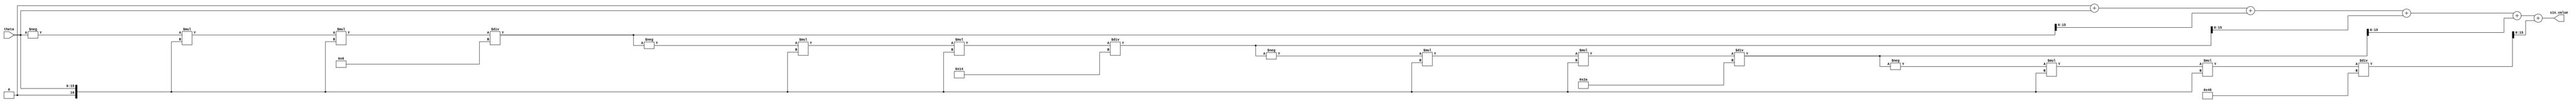
module sine_function (
    input wire [15:0] theta,   // Angle input in radians (fixed-point)
    output reg signed [15:0] sin_value  // Sine output, signed fixed-point
);

    // Taylor series coefficients for sine function
    // sin(x) = x - x^3/3! + x^5/5! - x^7/7! + ...
    parameter NUM_TERMS = 5; // Number of terms in Taylor series
    reg signed [31:0] term;   // Current term in series
    reg signed [31:0] x;      // Current value of x (angle input)
    integer i;

    // Normalize the angle theta to the range [-pi, pi]
    // Assuming theta is in fixed-point format with 16 bits (1 sign bit, 15 fractional bits)
    always @(*) begin
        // Normalize theta to the range [-pi, pi]
        x = theta;

        // Initialize sine value
        sin_value = 0;

        // Calculate sine using Taylor series expansion
        term = x; // First term is x itself

        // Loop through the Taylor series terms
        for (i = 0; i < NUM_TERMS; i = i + 1) begin
            // Add the current term to the sine value
            sin_value = sin_value + term;

            // Calculate the next term in the series
            term = -term * x * x / ((2 * i + 2) * (2 * i + 3)); // Calculate term for (x^(2n+1))/(2n+1)!
        end
    end

endmodule